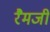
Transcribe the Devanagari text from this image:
रैमजी